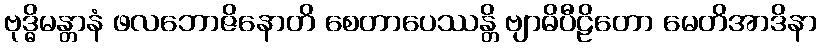
ဗုဒ္ဓိမန္တာနံ ဖလဘောဇိနောတိ စေတာပေဿန္တိ ဗျာဓိပီဠိတော မေတိအာဒိနာ